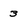
Character: 3